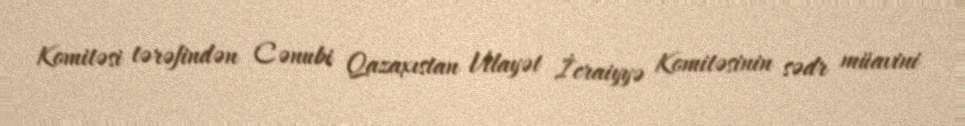
Komitəsi tərəfindən Cənubi Qazaxıstan Vilayət İcraiyyə Komitəsinin sədr müavini